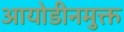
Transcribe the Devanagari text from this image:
आयोडीनमुक्त